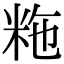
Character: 粚